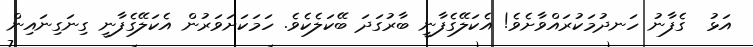
އަޅު  ގެފާނު ހަނދުމަކުރައްވާށެވެ! އެކަލޭގެފާނީ ބާރުގަދަ ބޭކަލެކެވެ. ހަމަކަށަވަރުން އެކަލޭގެފާނީ ގިނަގިނައިން